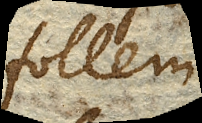
follem